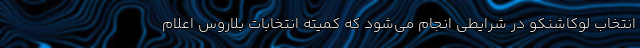
انتخاب لوکاشنکو در شرایطی انجام می‌شود که کمیته انتخابات بلاروس اعلام